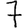
Digit: 7